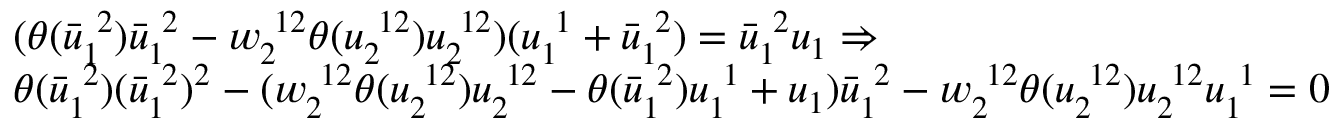
\begin{array} { r l } & { ( \theta ( \bar { u } _ { 1 \ } ^ { \ 2 } ) \bar { u } _ { 1 \ } ^ { \ 2 } - w _ { 2 \ } ^ { \ 1 2 } \theta ( u _ { 2 \ } ^ { \ 1 2 } ) u _ { 2 \ } ^ { \ 1 2 } ) ( u _ { 1 \ } ^ { \ 1 } + \bar { u } _ { 1 \ } ^ { \ 2 } ) = \bar { u } _ { 1 \ } ^ { \ 2 } u _ { 1 } \Rightarrow } \\ & { \theta ( \bar { u } _ { 1 \ } ^ { \ 2 } ) ( \bar { u } _ { 1 \ } ^ { \ 2 } ) ^ { 2 } - ( w _ { 2 \ } ^ { \ 1 2 } \theta ( u _ { 2 \ } ^ { \ 1 2 } ) u _ { 2 \ } ^ { \ 1 2 } - \theta ( \bar { u } _ { 1 \ } ^ { \ 2 } ) u _ { 1 \ } ^ { \ 1 } + u _ { 1 } ) \bar { u } _ { 1 \ } ^ { \ 2 } - w _ { 2 \ } ^ { \ 1 2 } \theta ( u _ { 2 \ } ^ { \ 1 2 } ) u _ { 2 \ } ^ { \ 1 2 } u _ { 1 \ } ^ { \ 1 } = 0 } \end{array}